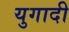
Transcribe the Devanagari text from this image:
युगादी